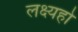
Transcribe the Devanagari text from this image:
लक्ष्यहो